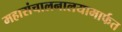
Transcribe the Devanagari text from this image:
महासंचालनालयामार्फत